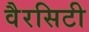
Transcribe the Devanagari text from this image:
वैरसिटी